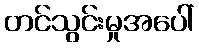
တင်သွင်းမှုအပေါ်